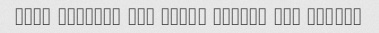
seh basteh? pas chera faghat yek basteh?